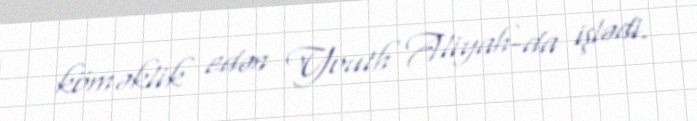
köməklik edən Youth Aliyah-da işlədi.